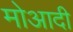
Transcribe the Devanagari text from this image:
मोआदी